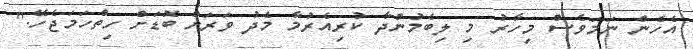
އެހެން ނަމަވެސް މިހާރު މި ލިބެމުންދާ ކުރިއެރުމާ މެދު ވަރަށް ބޮޑަށް ހިތްހަމަޖެހޭ."